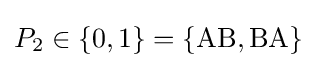
P_{2}\in \{0,1\}=\{{\mbox{AB}},{\mbox{BA}}\}